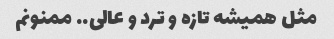
مثل همیشه تازه و ترد و عالی.. ممنونم